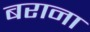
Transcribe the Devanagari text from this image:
बराना